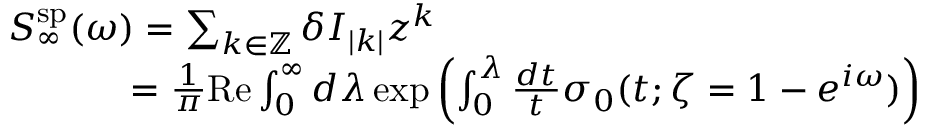
\begin{array} { r } { S _ { \infty } ^ { \mathrm { s p } } ( \omega ) = \sum _ { k \in { \mathbb Z } } \delta I _ { | k | } z ^ { k } \qquad \qquad \qquad \qquad \qquad \qquad \qquad } \\ { \quad = \frac { 1 } { \pi } \mathrm { R e } \int _ { 0 } ^ { \infty } d \lambda \exp \left( \int _ { 0 } ^ { \lambda } \frac { d t } { t } \sigma _ { 0 } ( t ; \zeta = 1 - e ^ { i \omega } ) \right) \quad } \end{array}